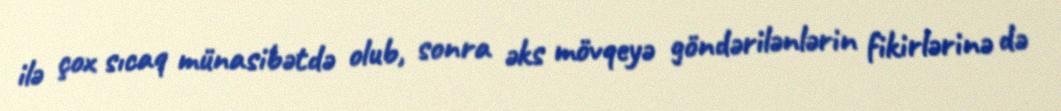
ilə çox sıcaq münasibətdə olub, sonra əks mövqeyə göndərilənlərin fikirlərinə də